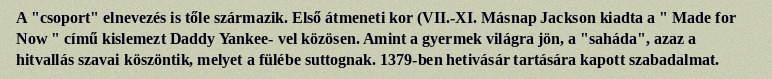
A "csoport" elnevezés is tőle származik. Első átmeneti kor (VII.-XI. Másnap Jackson kiadta a " Made for Now " című kislemezt Daddy Yankee- vel közösen. Amint a gyermek világra jön, a "saháda", azaz a hitvallás szavai köszöntik, melyet a fülébe suttognak. 1379-ben hetivásár tartására kapott szabadalmat.